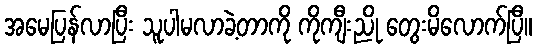
အမေပြန်လာပြီး သူပါမလာခဲ့တာကို ကိုကျီးညို တွေးမိလောက်ပြီ။